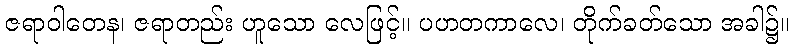
ဇရာဝါတေန၊ ဇရာတည်း ဟူသော လေဖြင့်။ ပဟတကာလေ၊ တိုက်ခတ်သော အခါ၌။